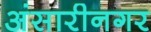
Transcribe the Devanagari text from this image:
अंसारीनगर